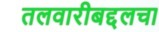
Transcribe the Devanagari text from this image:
तलवारीबद्दलचा